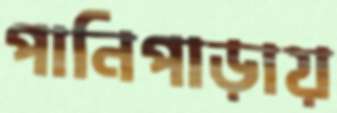
পানিপাড়ায়